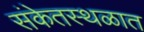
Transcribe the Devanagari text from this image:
संकेतस्थळात